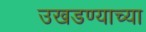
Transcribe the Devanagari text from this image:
उखडण्याच्या